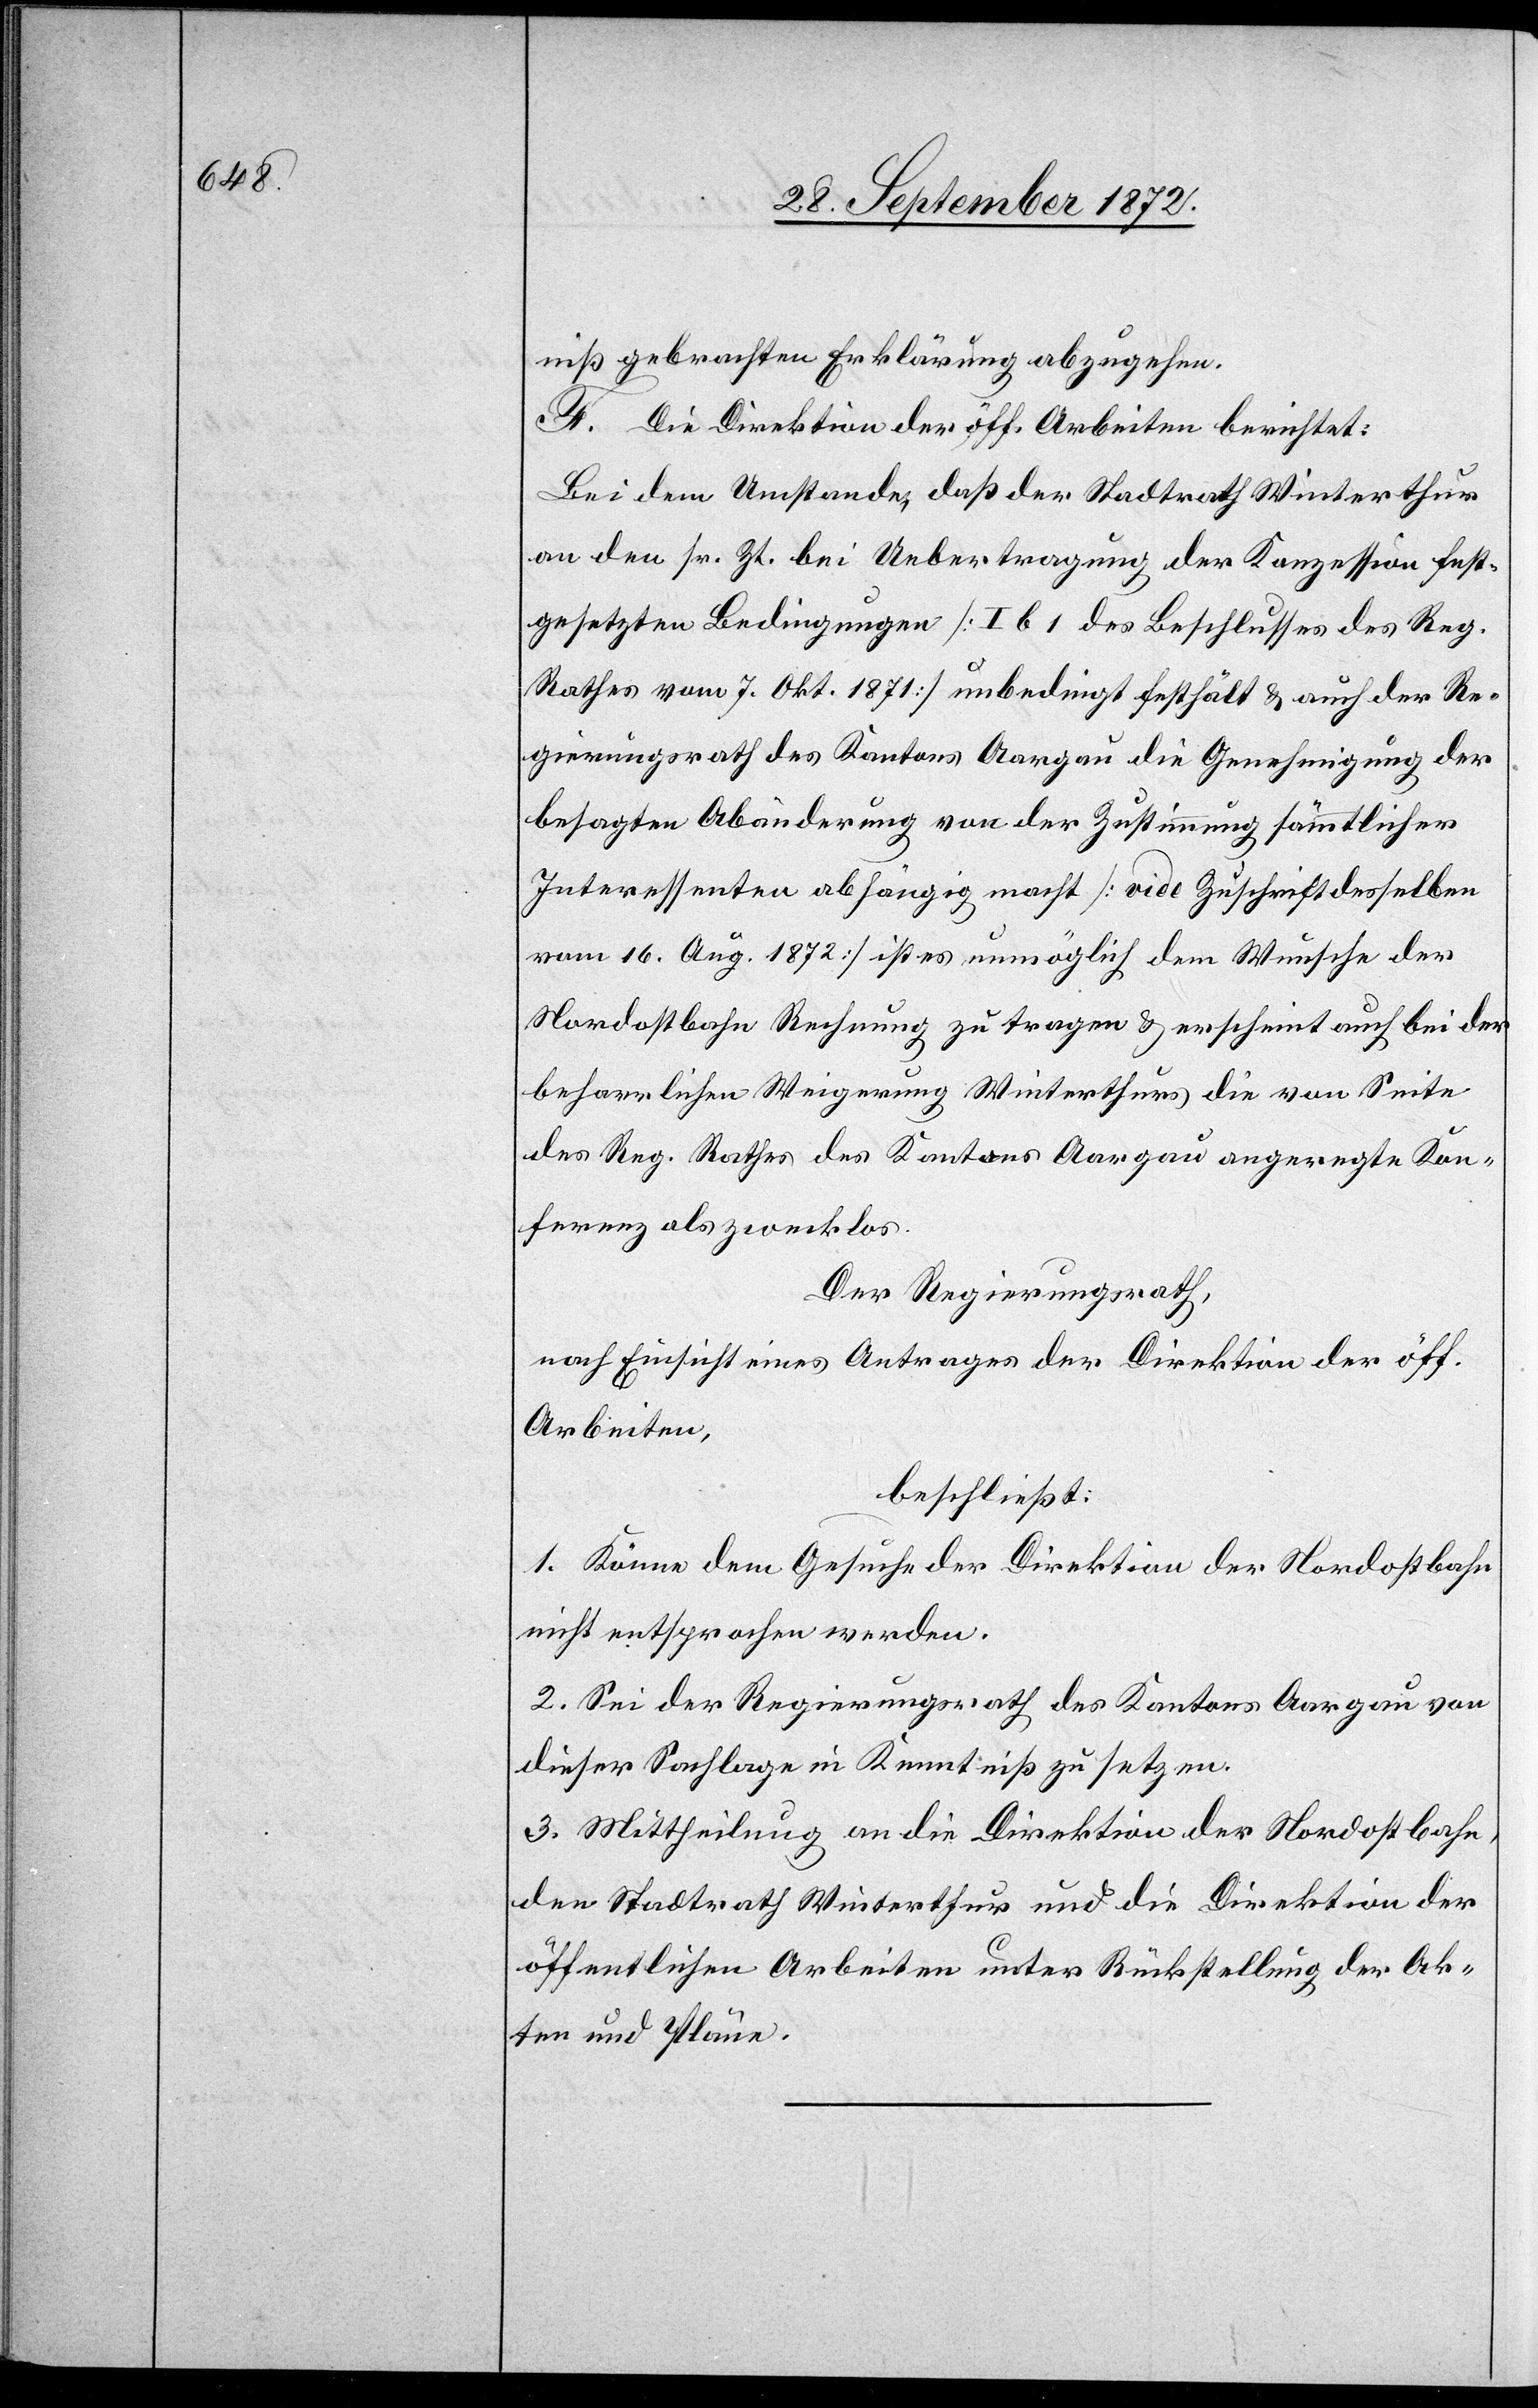
niß gebrachten Erklärung abzugehen.
F. Die Direktion der öff. Arbeiten berichtet:
Bei dem Umstande, daß der Stadtrath Winterthur
an den sr. Zt. bei Uebertragung der Konzession fest¬
gesetzten Bedingungen [I b 1 des Beschlusses des Reg.
Rathes vom 7. Okt. 1871] unbedingt festhält u. auch der Re¬
gierungsrath des Kantons Aargau die Genehmigung der
besagten Abänderung von der Zustimmung sämmtlicher
Interessenten abhängig macht [vide Zuschrift desselben
vom 16. Aug. 1872] ist es unmöglich dem Wunsch der
Nordostbahn Rechnung zu tragen u. erscheint auch bei der
beharrlichen Weigerung Winterthurs die von Seite
des Reg. Rathes des Kantons Aargau angeregte Kon¬
ferenz als zwecklos.
Der Regierungsrath,
nach Einsicht eines Antrages der Direktion der öff.
Arbeiten,
beschließt:
1. Könne dem Gesuche der Direktion der Nordostbahn
nicht entsprochen werden.
2. Sei der Regierungsrath des Kantons Aargau von
dieser Sachlage in Kenntniß zu setzen.
3. Mittheilung an die Direktion der Nordostbah¬
n Stadtrath Winterthur und die Direktion der
öffentlichen Arbeiten unter Rückstellung der Ak¬
ten und Pläne.